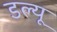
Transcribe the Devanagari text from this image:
डल्यू